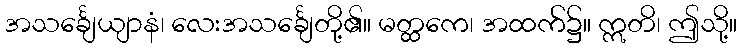
အသင်္ချေယျာနံ၊ လေးအသင်္ချေတို့၏။ မတ္ထကေ၊ အထက်၌။ ဣတိ၊ ဤသို့။